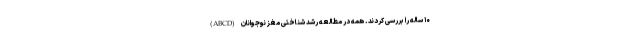
۱۰ ساله را بررسی کردند. همه در مطالعه رشد شناختی مغز نوجوانان (ABCD)